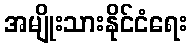
အမျိုးသားနိုင်ငံရေး